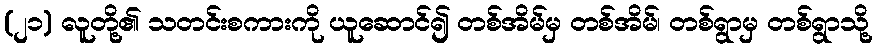
(၂၁) လူတို့၏ သတင်းစကားကို ယူဆောင်၍ တစ်အိမ်မှ တစ်အိမ်၊ တစ်ရွာမှ တစ်ရွာသို့